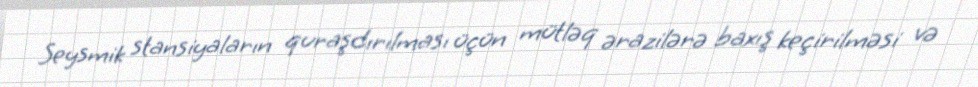
Seysmik stansiyaların quraşdırılması üçün mütləq ərazilərə baxış keçirilməsi və